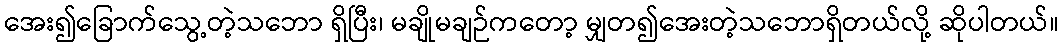
အေး၍ခြောက်သွေ့တဲ့သဘော ရှိပြီး၊ မချိုမချဉ်ကတော့ မျှတ၍အေးတဲ့သဘောရှိတယ်လို့ ဆိုပါတယ်။